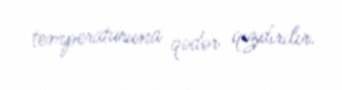
temperaturuna qədər qızdırılır.